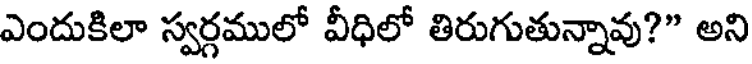
ఎందుకిలా స్వర్గములో వీధిలో తిరుగుతున్నావు?" అని